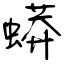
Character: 蟒